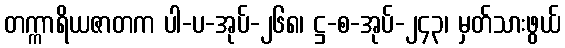
တက္ကာရိယဇာတက ပါ-ပ-အုပ်-၂၆၈၊ ဋ္ဌ-စ-အုပ်-၂၄၃၊ မှတ်သားဖွယ်